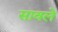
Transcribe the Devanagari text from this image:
सावले